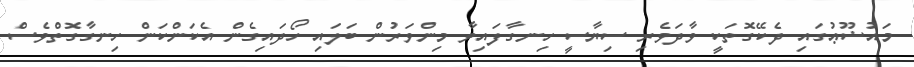
މައުޟޫޢުގައި ދެކޭގޮތަކީ ވާދަވެރި ސިޔާސީ ހިނގާފައިވާ މިންވަރުން ބަލައި ހޯދައިގެން އެކަންކަން ހިނގާގޮތްވެސް